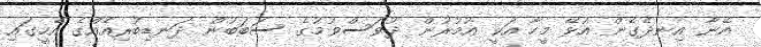
އޭނާ އިނދެގެން އުޅޭ މީހާ އަކީ އުމުރުން ދުވަސްވުމުގެ ސަބަބުން ދަނޑިބުރިއެއްގެ އެހީގައި